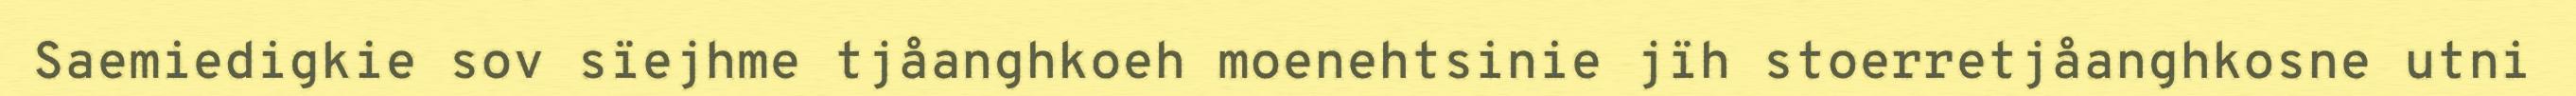
Saemiedigkie sov sïejhme tjåanghkoeh moenehtsinie jïh stoerretjåanghkosne utni